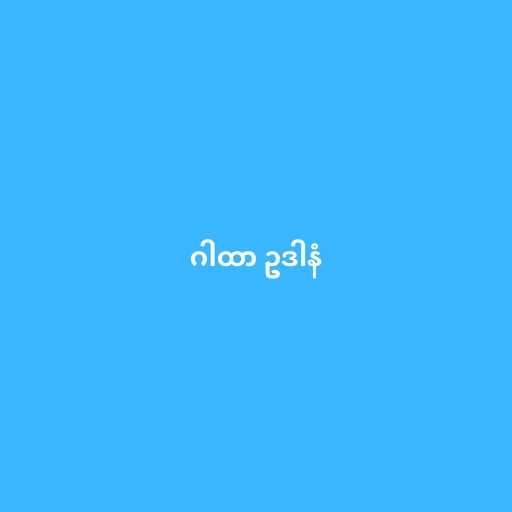
ဂါထာ ဥဒါနံ